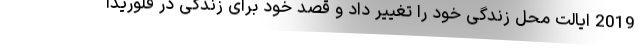
2019 ایالت محل زندگی خود را تغییر داد و قصد خود برای زندگی در فلوریدا